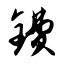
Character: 镄